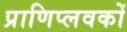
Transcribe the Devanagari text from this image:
प्राणिप्लवकों